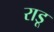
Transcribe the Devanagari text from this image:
राडू